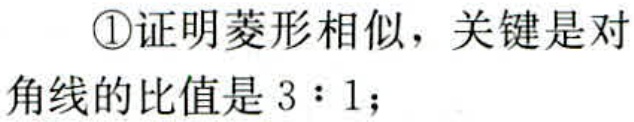
\textcircled{1}证明菱形相似，关键是对角线的比值是 \(3:1\)；